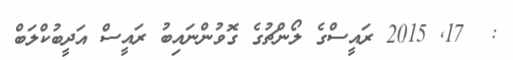
:  17